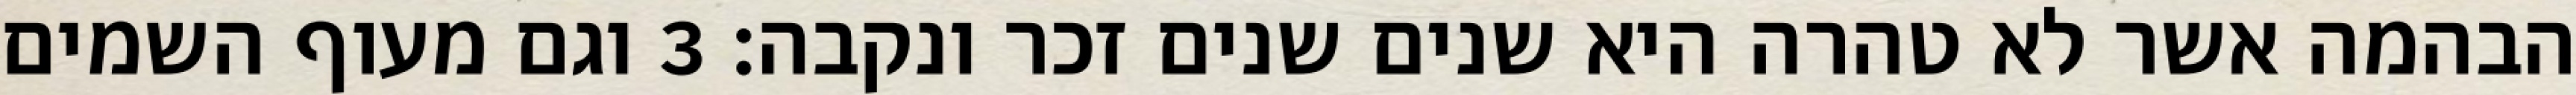
הבהמה אשר לא טהרה היא שנים שנים זכר ונקבה׃ ‎3‏ וגם מעוף השמים